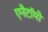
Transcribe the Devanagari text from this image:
एनैटॉमी